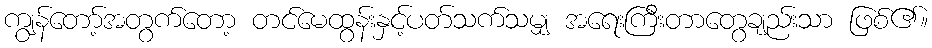
ကျွန်တော့်အတွက်တော့ တင်မေထွန်းနှင့်ပတ်သက်သမျှ အရေးကြီးတာတွေချည်းသာ ဖြစ်၏။